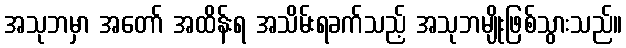
အသုဘမှာ အတော် အထိန်းရ အသိမ်းရခက်သည့် အသုဘမျိုးဖြစ်သွားသည်။